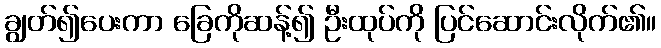
ချွတ်၍ပေးကာ ခြေကိုဆန့်၍ ဦးထုပ်ကို ပြင်ဆောင်းလိုက်၏။